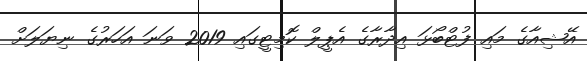
އޭޝިއާގެ މައި ފުޓްބޯޅަ އިދާރާގެ އެޕީލް ކޮމިޓީގައި 2019 ވަނަ އަހަރުގެ ނިޔަލަށް